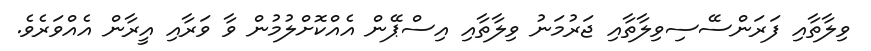
ވިލާތާއި ފަރަންސޭސިވިލާތާއި ޖަރުމަނު ވިލާތާއި އިސްޕޭން އެއްކޮށްލުމުން ވާ ވަރާއި އީރާން އެއްވަރެވެ.